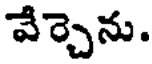
వేర్చెను.